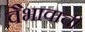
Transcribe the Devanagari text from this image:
वैभावाची